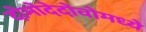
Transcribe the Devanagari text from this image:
दोमोदेदोवोमध्ये